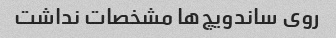
روی ساندویچ‌ها مشخصات نداشت